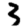
Digit: 3